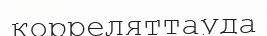
корреляттауда